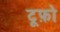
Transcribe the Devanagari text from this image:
टूफ़ो